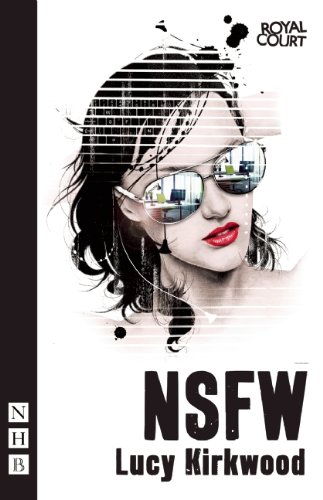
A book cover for NSFW; Lucy Kirkwood; Literature & Fiction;